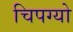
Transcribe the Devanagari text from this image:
चिपग्यो